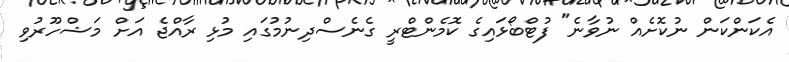
އެކަންކަން ނުކޮށެއް ނުވާނެ" ފުޓްބޯޅައިގެ ކޮމެންޓްރީ ގެނެސްދިނުމުގައި މުޅި ރާއްޖެ އަށް މަޝްހޫރުވި